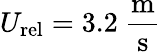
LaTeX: U_{\mathrm{rel}}=3.2~\mathrm{\frac{m}{s}}